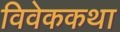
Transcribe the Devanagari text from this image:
विवेककथा